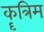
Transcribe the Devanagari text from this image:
कॄत्रिम